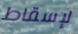
لإسقاط